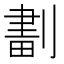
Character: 𠞷